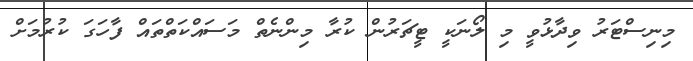
މިނިސްޓަރު ވިދާޅުވީ މި ލޯނަކީ ޓީޗަރުން ކުރާ މިިންނެތް މަސައްކަތްތައް ފާހަގަ ކުރުމަށް